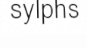
sylphs